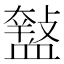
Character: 𧗑